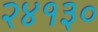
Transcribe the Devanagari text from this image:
२४१३०